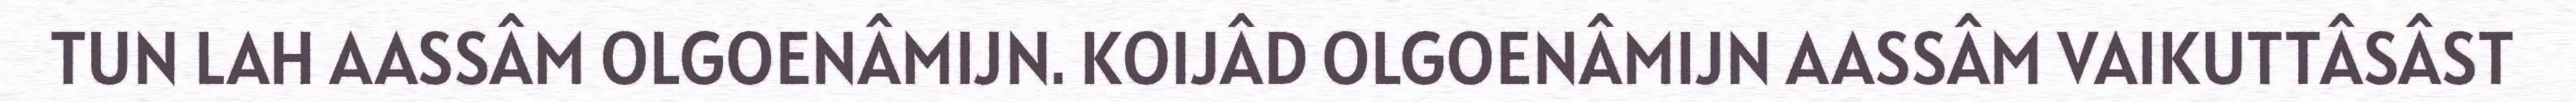
TUN LAH AASSÂM OLGOENÂMIJN. KOIJÂD OLGOENÂMIJN AASSÂM VAIKUTTÂSÂST